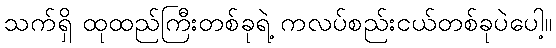
သက်ရှိ ထုထည်ကြီးတစ်ခုရဲ့ ကလပ်စည်းငယ်တစ်ခုပဲပေါ့။